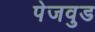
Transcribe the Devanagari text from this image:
पेजवुड